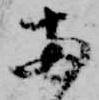
両